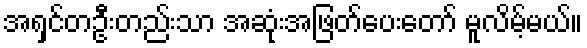
အရှင်တဦးတည်းသာ အဆုံးအဖြတ်ပေးတော် မူလိမ့်မယ်။